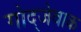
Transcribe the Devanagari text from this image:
गोद्जेवाक